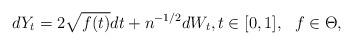
LaTeX: \begin{align*}dY_t = 2\sqrt{f(t)} dt + n^{-1/2} dW_t, t\in [0,1], \ \ f\in \Theta,\end{align*}